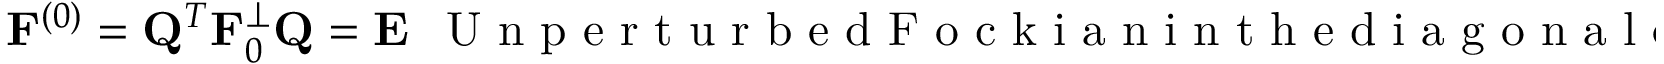
{ \bf F } ^ { ( 0 ) } = { \bf Q } ^ { T } { \bf F } _ { 0 } ^ { \perp } { \bf Q } = { \bf E } ~ ~ \mathrm { ~ U ~ n ~ p ~ e ~ r ~ t ~ u ~ r ~ b ~ e ~ d ~ F ~ o ~ c ~ k ~ i ~ a ~ n ~ i ~ n ~ t ~ h ~ e ~ d ~ i ~ a ~ g ~ o ~ n ~ a ~ l ~ e ~ i ~ g ~ e ~ n ~ v ~ a ~ l ~ u ~ e ~ r ~ e ~ p ~ r ~ e ~ s ~ e ~ n ~ t ~ a ~ t ~ i ~ o ~ n ~ }